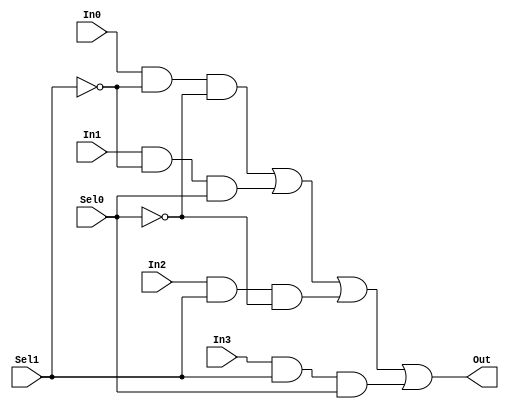
module MUX_Structural(Out, In0, In1, In2, In3, Sel1, Sel0);

//input & output
output Out;
input In0, In1, In2, In3, Sel1, Sel0;

//make NotSel
wire NotSel0, NotSel1;

wire Y0, Y1, Y2, Y3;

//declare all gates(Structural Style)
not not0 (NotSel0, Sel0); //parameter (output, input)
not not1 (NotSel1, Sel1);

and and0(Y0, In0, NotSel1, NotSel0);
and and1(Y1, In1, NotSel1, Sel0);
and and2(Y2, In2, Sel1, NotSel0);
and and3(Y3, In3, Sel1, Sel0);

or or0(Out, Y0, Y1, Y2, Y3);

endmodule